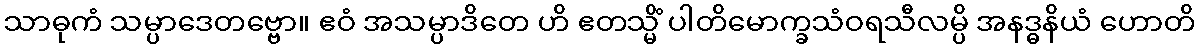
သာဓုကံ သမ္ပာဒေတဗ္ဗော။ ဧဝံ အသမ္ပာဒိတေ ဟိ ဧတသ္မိံ ပါတိမောက္ခသံဝရသီလမ္ပိ အနဒ္ဓနိယံ ဟောတိ